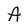
Character: A